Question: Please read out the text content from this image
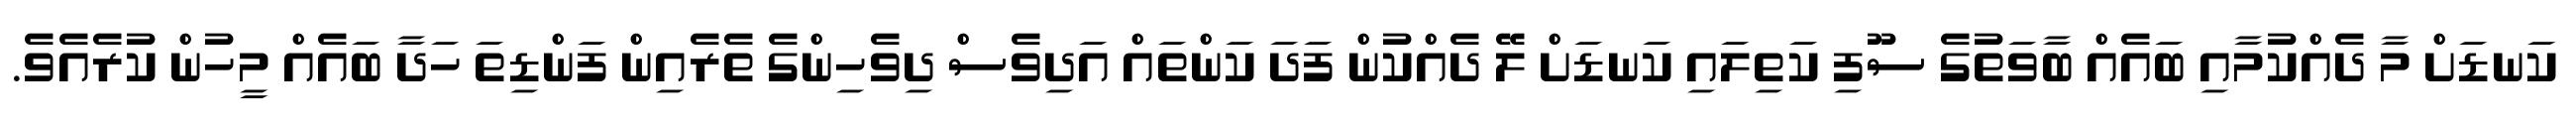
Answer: ކަނޑަށް މާ ދެއްކުމާއި ބައެއް ބާވަތުގެ ސޫފި ކަތިލައި ކަނޑަށް ލޭ ދެއްކުން ފަދަ ކަންތައް އަދިވެސް ދިވެހިންގެ ތެރެއިން ފަންޑިތަ ހަދާ ބައެއް މީހުން ކުރެއެވެ.